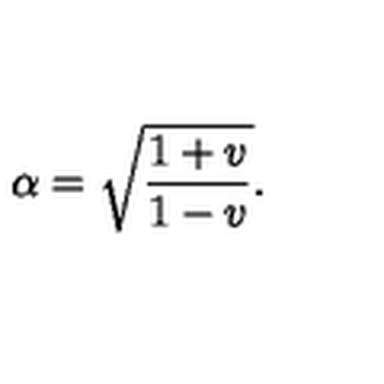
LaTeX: \alpha = \sqrt { \frac { 1 + v } { 1 - v } } .